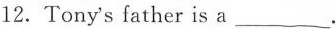
12. Tony's father is a___.